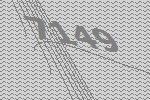
7149